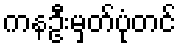
ကနဦးမှတ်ပုံတင်